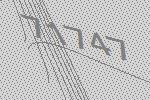
71747